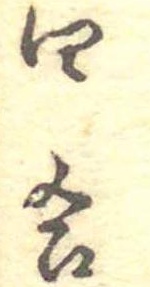
四合